Civil Veterinary Department Bihar & Orissa reports 1929-36 - 1929-1936
Year: 1929
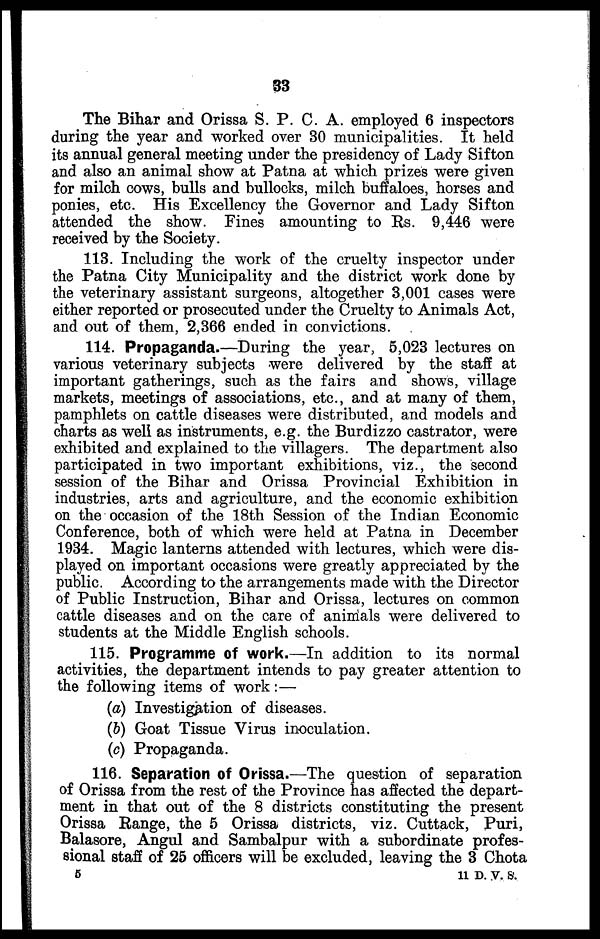
33
The Bihar and Orissa S. P. C. A. employed 6 inspectors
during the year and worked over 30 municipalities. It held
its annual general meeting under the presidency of Lady Sifton
and also an animal show at Patna at which prizes were given
for milch cows, bulls and bullocks, milch buffaloes, horses and
ponies, etc. His Excellency the Governor and Lady Sifton
attended the show. Fines amounting to Rs. 9,446 were
received by the Society.
113. Including the work of the cruelty inspector under
the Patna City Municipality and the district work done by
the veterinary assistant surgeons, altogether 3,001 cases were
either reported or prosecuted under the Cruelty to Animals Act,
and out of them, 2,366 ended in convictions.
114. Propaganda.—During the year, 5,023 lectures on
various veterinary subjects were delivered by the staff at
important gatherings, such as the fairs and shows, village
markets, meetings of associations, etc., and at many of them,
pamphlets on cattle diseases were distributed, and models and
charts as well as instruments, e.g. the Burdizzo castrator, were
exhibited and explained to the villagers. The department also
participated in two important exhibitions, viz., the second
session of the Bihar and Orissa Provincial Exhibition in
industries, arts and agriculture, and the economic exhibition
on the occasion of the 18th Session of the Indian Economic
Conference, both of which were held at Patna in December
1934. Magic lanterns attended with lectures, which were dis-
played on important occasions were greatly appreciated by the
public. According to the arrangements made with the Director
of Public Instruction, Bihar and Orissa, lectures on common
cattle diseases and on the care of animals were delivered to
students at the Middle English schools.
115. Programme of work.—In addition to its normal
activities, the department intends to pay greater attention to
the following items of work:—
(a) Investigation of diseases.
(b) Goat Tissue Virus inoculation.
(c) Propaganda.
116. Separation of Orissa.—The question of separation
of Orissa from the rest of the Province has affected the depart-
ment in that out of the 8 districts constituting the present
Orissa Range, the 5 Orissa districts, viz. Cuttack, Puri,
Balasore, Angul and Sambalpur with a subordinate profes-
sional staff of 25 officers will be excluded, leaving the 3 Chota
5
11 D. V. S.